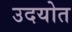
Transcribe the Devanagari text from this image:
उदयोत